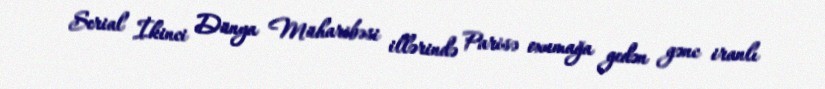
Serial İkinci Dünya Müharibəsi illərində Parisə oxumağa gedən gənc iranlı